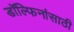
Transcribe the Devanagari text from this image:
डॉल्फिनांसाठी